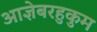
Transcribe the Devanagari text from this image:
आज्ञेबरहुकुम